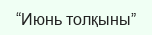
“Июнь толқыны”